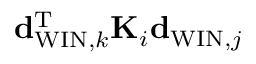
{ \bf d } _ { \mathrm { W I N } , k } ^ { \mathrm { T } } { \bf K } _ { i } { \bf d } _ { \mathrm { W I N } , j }